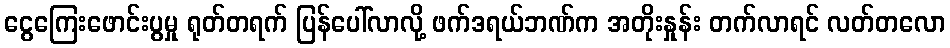
ငွေကြေးဖောင်းပွမှု ရုတ်တရက် ပြန်ပေါ်လာလို့ ဖက်ဒရယ်ဘဏ်က အတိုးနှုန်း တက်လာရင် လတ်တလော